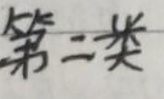
第二类